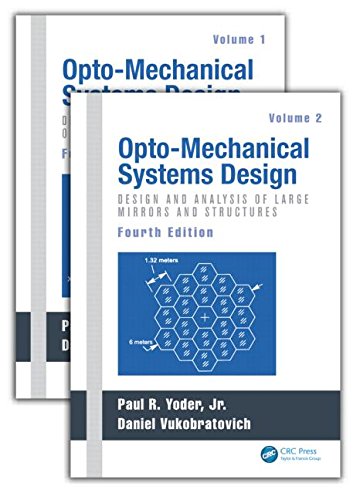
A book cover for Opto-Mechanical Systems Design, Fourth Edition, Two Volume Set; Paul Yoder; Science & Math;